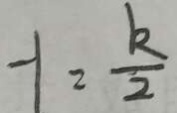
- 1 = \frac { k } { 2 }